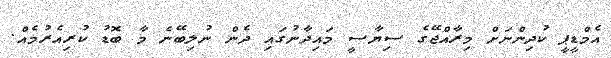
އެމްޑީޕީ ކުދިންނަށް މިރާއްޖޭގެ ސިޔާސީ މައިދާނުގައި ދެން ނުލިބޭނެ މާ ބޮޑު ކުރިއެރުމެއް.